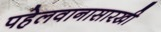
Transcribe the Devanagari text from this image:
पहेलवानासारखी